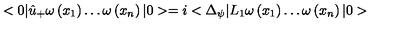
< 0 | \hat { u } _ { + } \omega \left( x _ { 1 } \right) \ldots \omega \left( x _ { n } \right) | 0 > = i < \Delta _ { \psi } | L _ { 1 } \omega \left( x _ { 1 } \right) \ldots \omega \left( x _ { n } \right) | 0 >